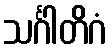
သင်္ဂါတိဂံ